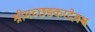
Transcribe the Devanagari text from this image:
श्रीमच्छङ्करदेवश्च